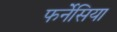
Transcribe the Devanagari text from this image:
फर्नेसिया